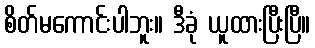
စိတ်မကောင်းပါဘူး။ ဒီခုံ ယူထားပြီးပြီ။